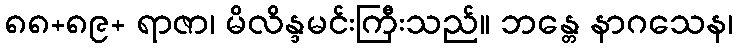
၈၈+၈၉+ ရာဇာ၊ မိလိန္ဒမင်းကြီးသည်။ ဘန္တေ နာဂသေန၊